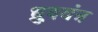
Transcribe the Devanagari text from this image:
ध्रुवयंत्र